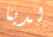
لدينا